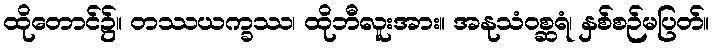
ထိုတောင်၌။ တဿယက္ခဿ၊ ထိုဘီလူးအား။ အနုသံဝစ္ဆရံ၊ နှစ်စဉ်မပြတ်။